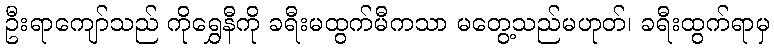
ဦးရာကျော်သည် ကိုရွှေနီကို ခရီးမထွက်မီကသာ မတွေ့သည်မဟုတ်၊ ခရီးထွက်ရာမှ